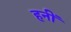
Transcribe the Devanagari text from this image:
हनीं